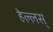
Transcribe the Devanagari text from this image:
हेल्लस्